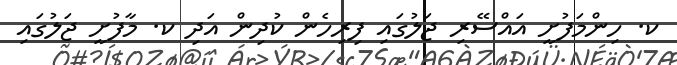
ކ. ހިންމަފުށީ އައްސޭރި ޖަލުގައި ފިރިހެން ކުދިން އަދި ކ. މާފުށީ ޖަލުގައި